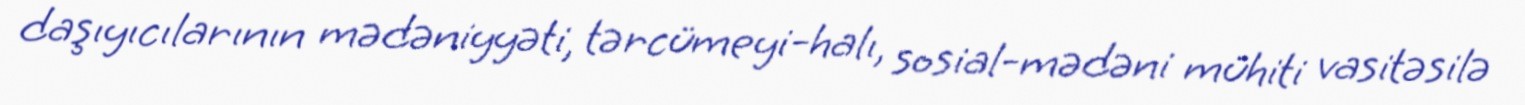
daşıyıcılarının mədəniyyəti, tərcümeyi-halı, sosial-mədəni mühiti vasitəsilə